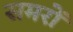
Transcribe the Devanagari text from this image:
समरों